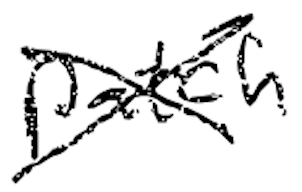
Text: patch
Cross-out: mix
Writing tool: digital_black